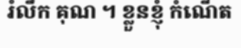
រំលឹក គុណ ។ ខ្លួនខ្ញុំ កំណើត